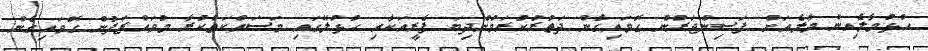
ހުޅުމާލެއިން މާލެއަށް ފަސިންޖަރުން ގޮވައިގެން ދަތުރުކުރަމުންދިޔަ ފެރީއަކާއި ހުޅުލޭގައި މަަސައްކަތްކުރާ މުވައްޒަފުން ގޮވައިގެން